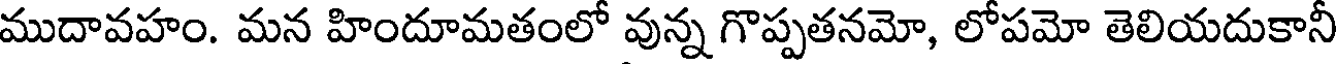
ముదావహం. మన హిందూమతంలో వున్న గొప్పతనమో, లోపమో తెలియదుకానీ